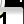
Digit: 1